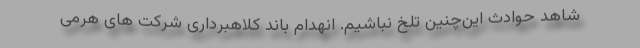
شاهد حوادث این‌چنین تلخ نباشیم. انهدام باند کلاهبرداری شرکت های هرمی